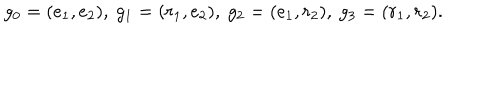
g _ { 0 } = ( e _ { 1 } , e _ { 2 } ) , \ g _ { 1 } = ( r _ { 1 } , e _ { 2 } ) , \ g _ { 2 } = ( e _ { 1 } , r _ { 2 } ) , \ g _ { 3 } = ( r _ { 1 } , r _ { 2 } ) .